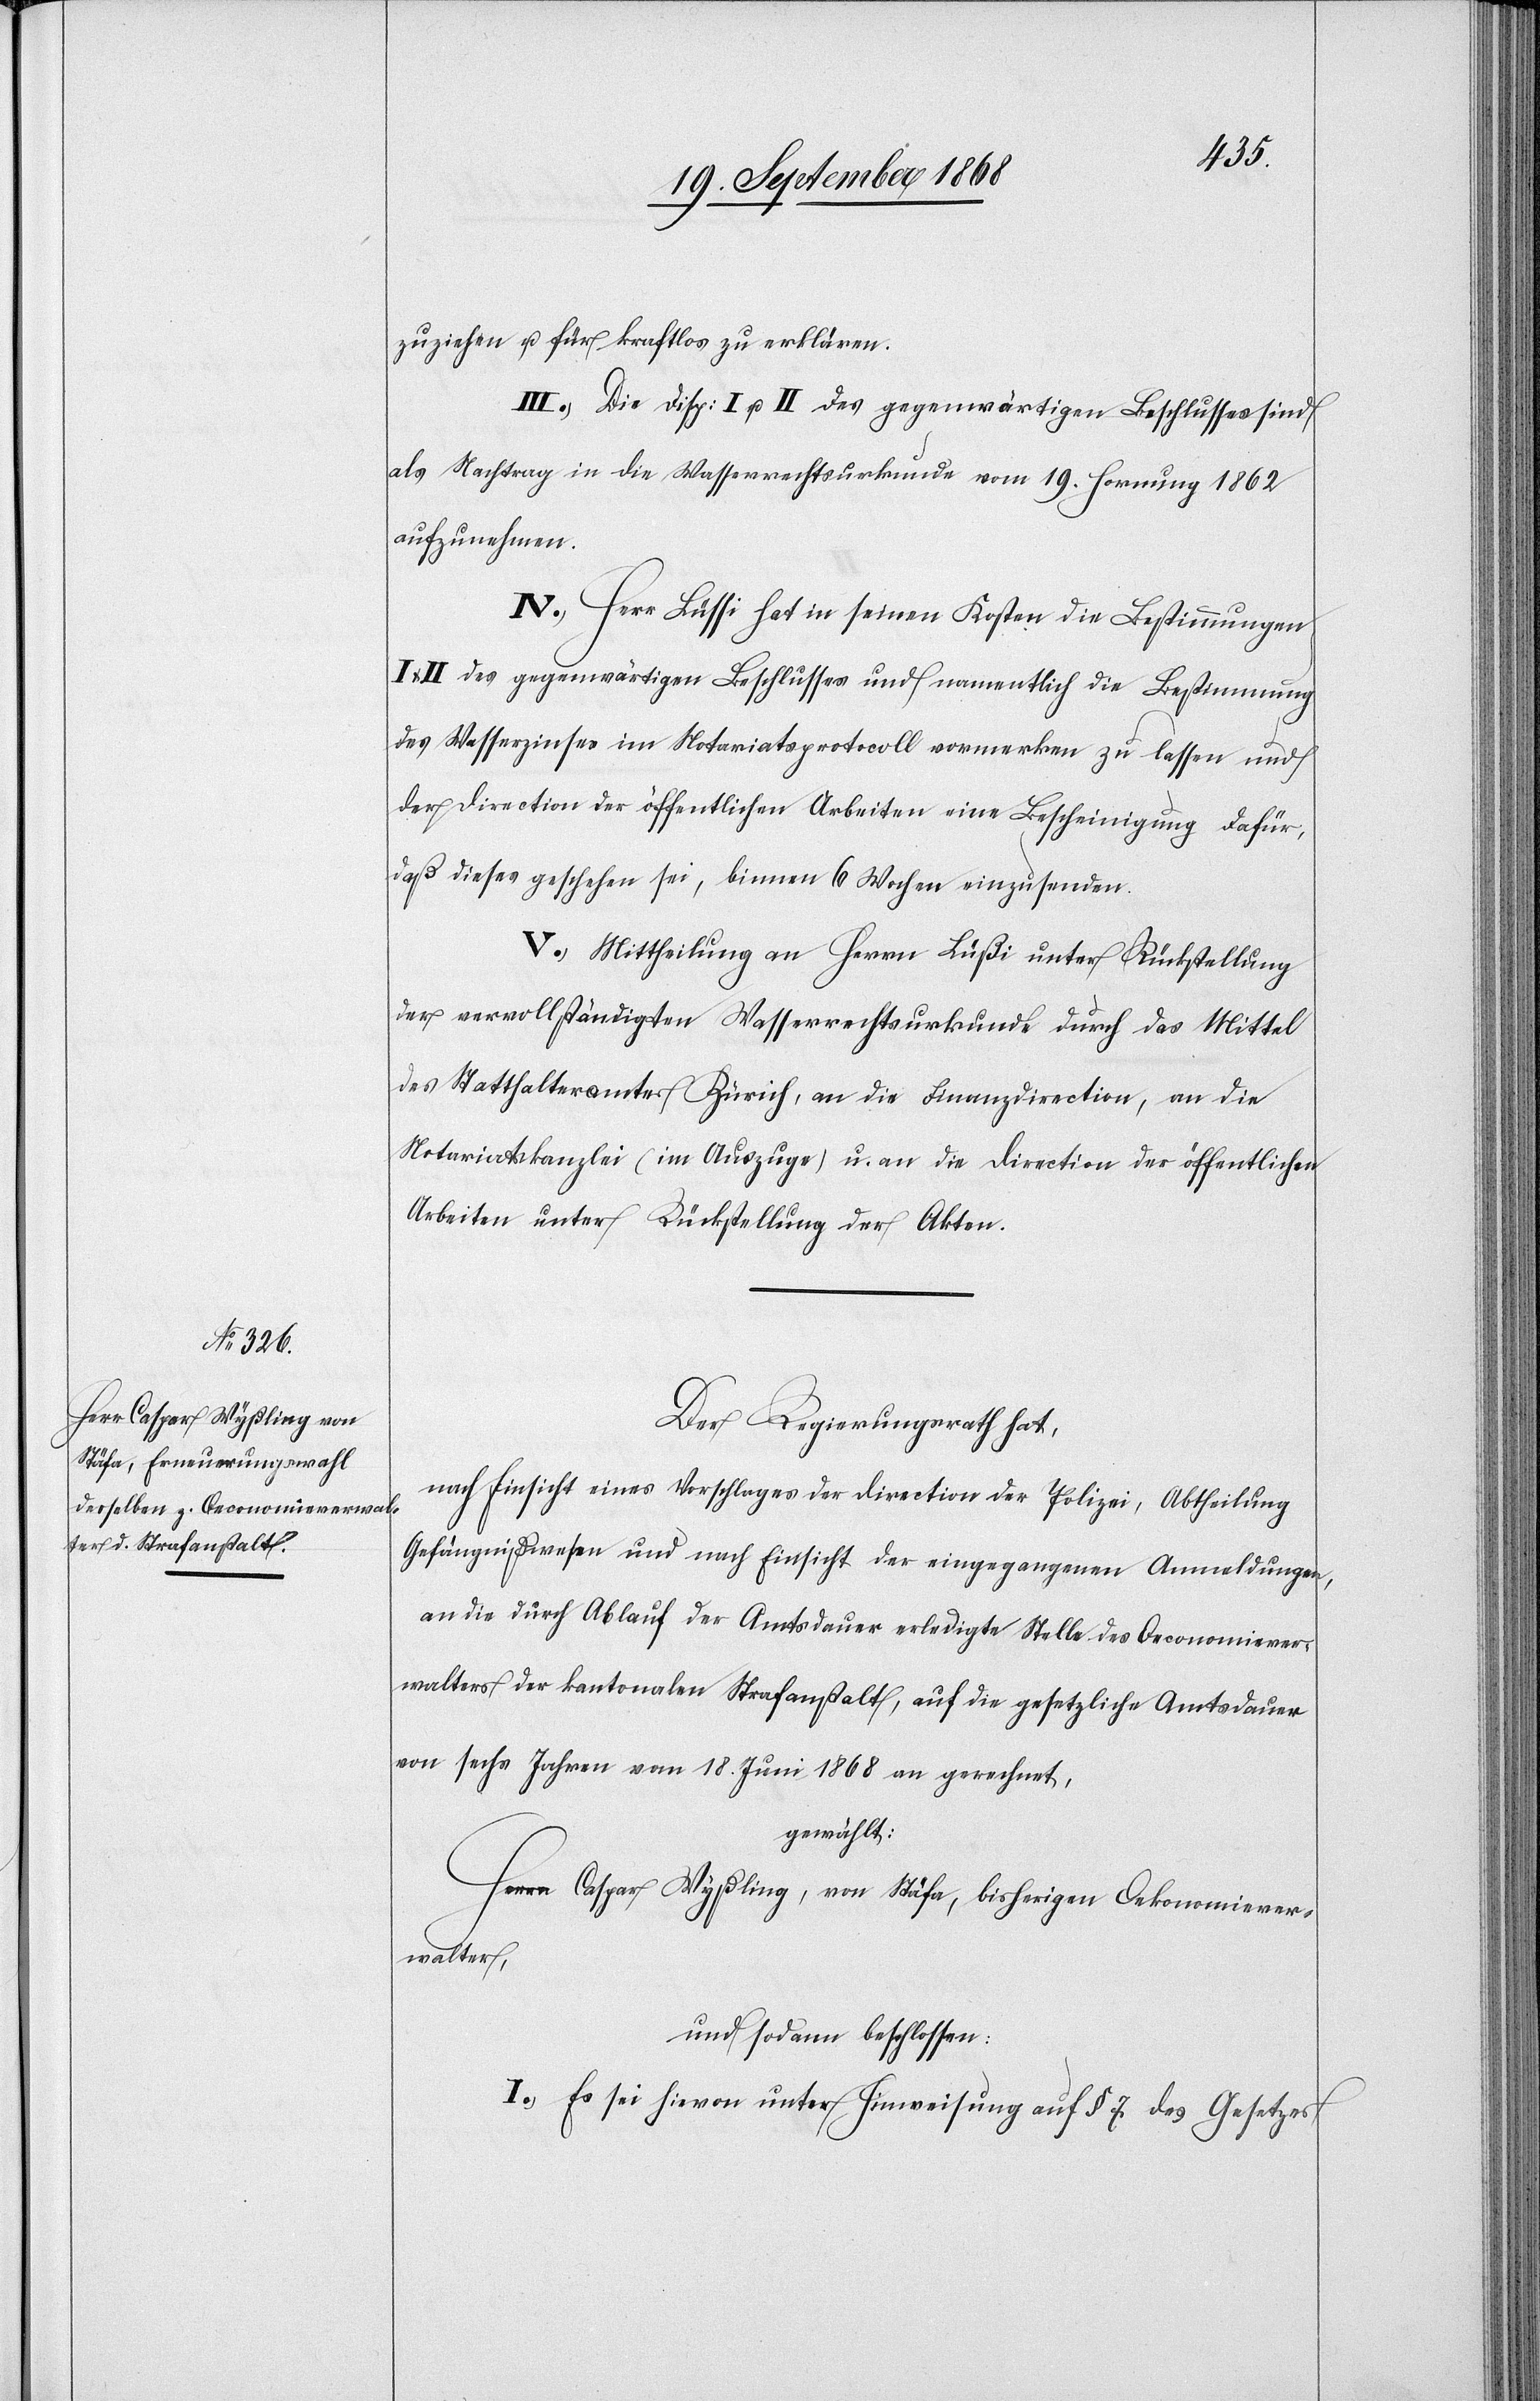
zuziehen u. für kraftlos zu erklären.
III. Die Disp: I u. II des gegenwärtigen Beschlusses sind
als Nachtrag in die Wasserrechtsurkunde vom 19. Hornung 1862
aufzunehmen.
IV. Herr Lüssi hat in seinen Kosten die Bestimmungen
II des gegenwärtigen Beschlusses und namentlich die Bestimmung
des Wasserzinses im Notariatsprotocoll vormerken zu lassen und
der Direction der öffentlichen Arbeiten eine Bescheinigung dafür,
daß dieses geschehen sei, binnen 6 Wochen einzusenden.
V. Mittheilung an Herrn Lüßi unter Rückstellung
der vervollständigten Wasserrechtsurkunde durch das Mittel
des Statthalteramtes Zürich, an die Finanzdirection, an die
Notariatskanzlei (im Auszuge) u. an die Direction der öffentlichen
Arbeiten unter Rückstellung der Akten.
Der Regierungsrath hat,
nach Einsicht eines Vorschlages der Direction der Polizei, Abtheilung
Gefängnißwesen und nach Einsicht der eingegangenen Anmeldungen,
an die durch Ablauf der Amtsdauer erledigte Stelle des Oeconomiever¬
walters der kantonalen Strafanstalt, auf die gesetzliche Amtsdauer
von sechs Jahren vom 18. Juni 1868 an gerechnet,
gewählt:
Herrn Caspar Wyßling, von Stäfa, bisherigen Oekonomiever¬
walter,
und sodann beschlossen:
I. Es sei hievon unter Hinweisung auf § 7 des Gesetzes